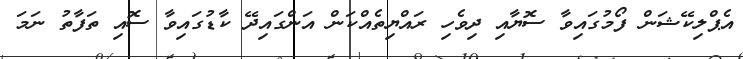
އެޕްލިކޭޝަން ފޯމުގައިވާ ސޮޔާއި ދިވެހި ރައްޔިތެއްކަން އަންގައިދޭ ކާޑުގައިވާ ސޮއި ތަފާތު ނަމަ